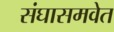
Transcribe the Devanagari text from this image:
संघासमवेत